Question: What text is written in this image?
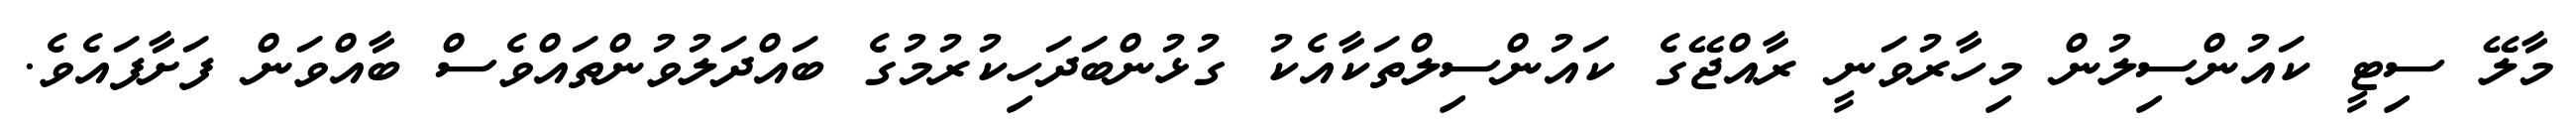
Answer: މާލޭ ސިޓީ ކައުންސިލުން މިހާރުވަނީ ރާއްޖޭގެ ކައުންސިލްތަކާއެކު ގުޅުންބަދަހިކުރުމުގެ ބައްދަލުވުންތައްވެސް ބާއްވަން ފަށާފައެވެ.